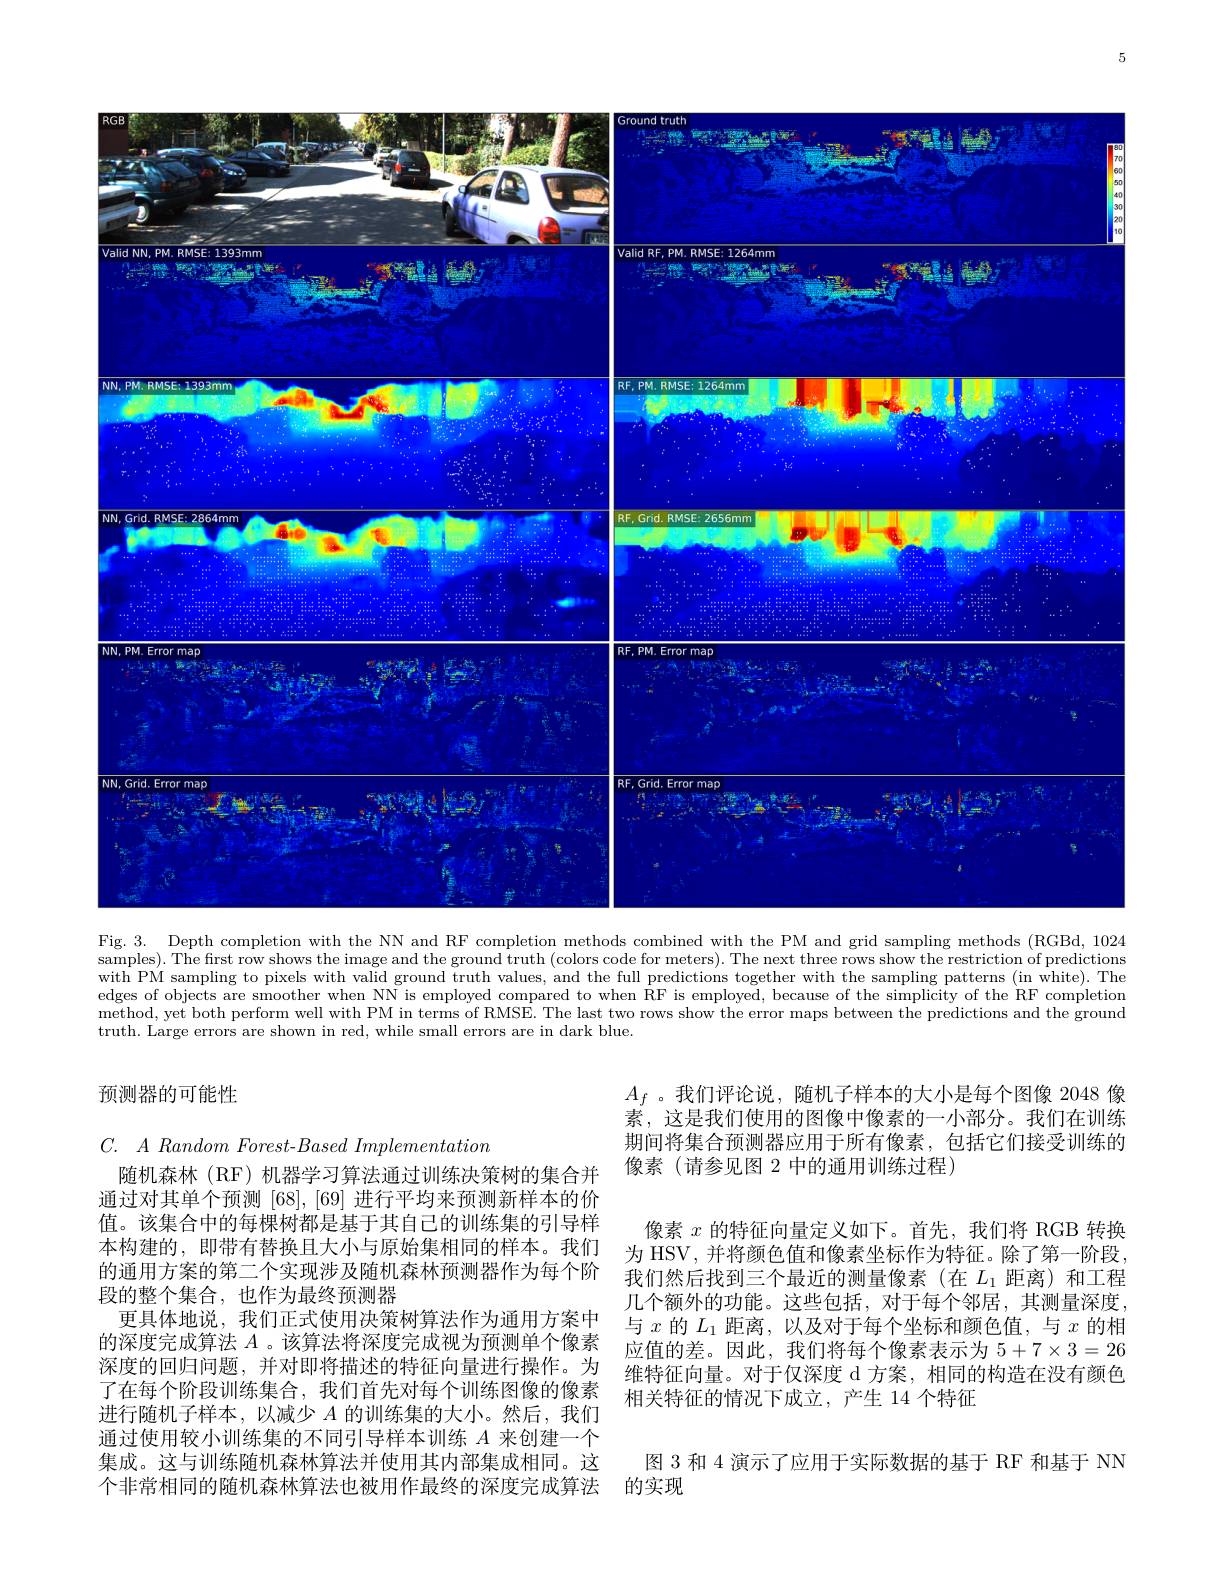
<FigureHere>

Fig. 3. Depth completion with the NN and RF completion methods combined with the PM and grid sampling methods (RGBd, 1024 samples). The first row shows the image and the ground truth (colors code for meters). The next three rows show the restriction of predictions with PM sampling to pixels with valid ground truth values, and the full predictions together with the sampling patterns (in white). The edges of objects are smoother when NN is employed compared to when $\dot{\text{RF is employed, because of the simplicity of the RF completion}}$ method, yet both perform well with PM in terms of RMSE. The last two rows show the error maps between the predictions and the ground truth. Large errors are shown in red, while small errors are in dark blue.

## 预测器的可能性

$A_f$ 。我们评论说，随机子样本的大小是每个图像 2048 像素，这是我们使用的图像中像素的一小部分。我们在训练期间将集合预测器应用于所有像素，包括它们接受训练的像素(请参见图 2 中的通用训练过程)

像素$x$的特征向量定义如下。首先，我们将 RGB 转换为 HSV, 并将颜色值和像素坐标作为特征。除了第一阶段， 我们然后找到三个最近的测量像素(在$L_{1}$距离)和工程几个额外的功能。这些包括，对于每个邻居，其测量深度， 与$x$的$L_1$距离，以及对于每个坐标和颜色值，与$x$的相应值的差。因此，我们将每个像素表示为 5+7×3=26维特征向量。对于仅深度 d 方案，相同的构造在没有颜色相关特征的情况下成立，产生 14 个特征

$C.$ $A\textit{Random Forest- Based Implementation}$
随机森林(RF)机器学习算法通过训练决策树的集合并通过对其单个预测[68],[69]进行平均来预测新样本的价值。该集合中的每棵树都是基于其自己的训练集的引导样本构建的，即带有替换且大小与原始集相同的样本。我们的通用方案的第二个实现涉及随机森林预测器作为每个阶段的整个集合，也作为最终预测器
更具体地说，我们正式使用决策树算法作为通用方案中的深度完成算法$A$ 。该算法将深度完成视为预测单个像素深度的回归问题，并对即将描述的特征向量进行操作。为了在每个阶段训练集合，我们首先对每个训练图像的像素进行随机子样本，以减少$A$的训练集的大小。然后，我们通过使用较小训练集的不同引导样本训练$A$来创建一个集成。这与训练随机森林算法并使用其内部集成相同。这个非常相同的随机森林算法也被用作最终的深度完成算法 的实现

图 3 和 4 演示了应用于实际数据的基于 RF 和基于 NN